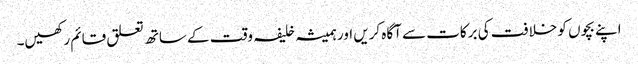
اپنے بچوں کو خلافت کی برکات سے آگاہ کریں اور ہمیشہ خلیفہ وقت کے ساتھ تعلق قائم رکھیں۔